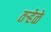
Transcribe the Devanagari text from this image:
तऱ्हेळे